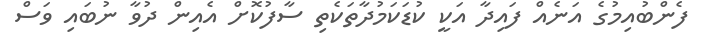
ފެންބުއިމުގެ އަނެއް ފައިދާ އަކީ ކުޑަކަމުދާތަކެތި ސާފުކޮށް އެއިން ދުވާ ނުބައި ވަސް